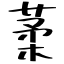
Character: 葇